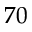
7 0